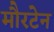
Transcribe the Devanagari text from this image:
मौरटेन